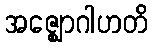
အဇ္ဈောဂါဟတိ